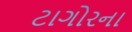
ટાગોરના